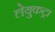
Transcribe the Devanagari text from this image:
लेयुकट्रा